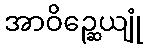
အာဝိဉ္ဆေယျုံ